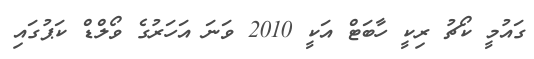
ގައުމީ ކޯޗު ރިކީ ހާބަޓް އަކީ 2010 ވަނަ އަހަރުގެ ވޯލްޑް ކަޕުގައި